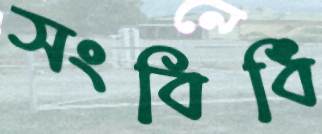
সংবিধি